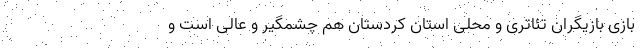
بازی بازیگران تئاتری و محلی استان کردستان هم چشمگیر و عالی است و